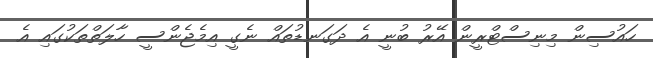
ހައުސިން މިނިސްޓްރީން އޭރު ބުނީ އެ ދަގަނޑުތައް ނެގީ އިމެޖެންސީ ހާލަތްތަކުގައި އެ